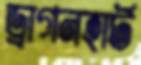
ড্রাগনহার্ট